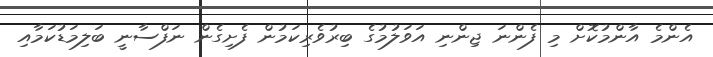
އެންމެ އާންމުކޮށް މި ފެންނަ ޖިންނި އަވަލުމުގެ ބިރުވެރިކަމުން ފެށިގެން ނަފްސާނީ ބަލިމަޑުކަމާއި